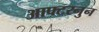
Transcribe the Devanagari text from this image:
आफ्टरनुन